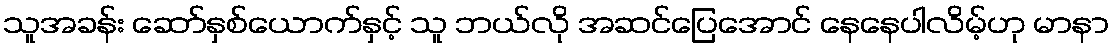
သူအခန်း ဆော်နှစ်ယောက်နှင့် သူ ဘယ်လို အဆင်ပြေအောင် နေနေပါလိမ့်ဟု မာနာ